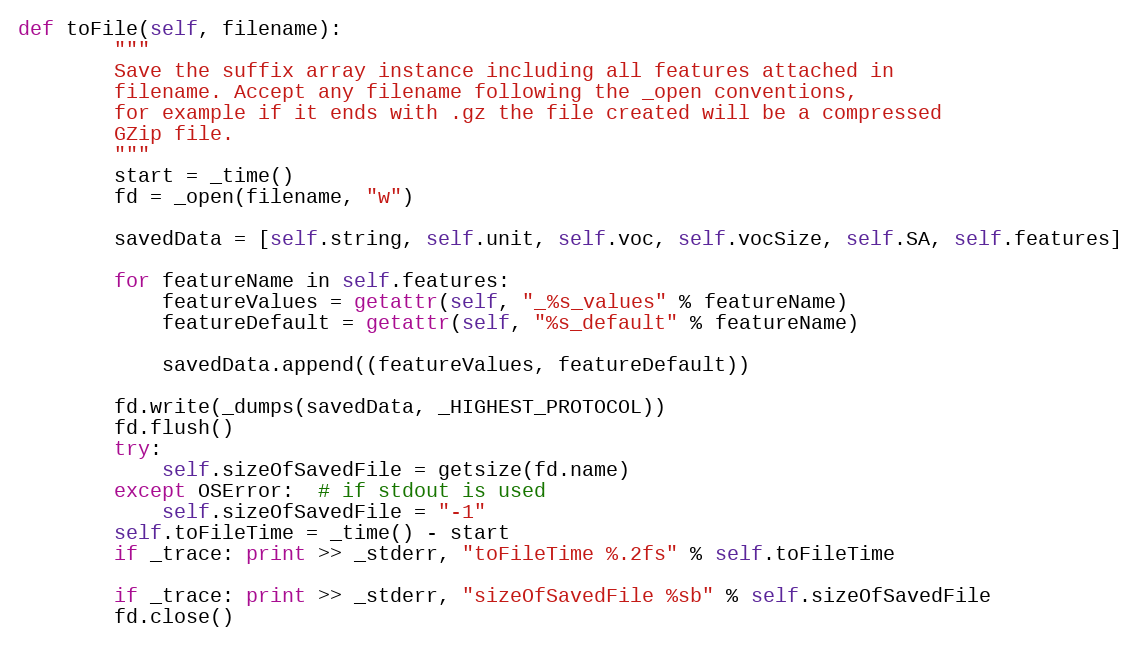
Language: Python
def toFile(self, filename):
        """
        Save the suffix array instance including all features attached in
        filename. Accept any filename following the _open conventions,
        for example if it ends with .gz the file created will be a compressed
        GZip file.
        """
        start = _time()
        fd = _open(filename, "w")

        savedData = [self.string, self.unit, self.voc, self.vocSize, self.SA, self.features]

        for featureName in self.features:
            featureValues = getattr(self, "_%s_values" % featureName)
            featureDefault = getattr(self, "%s_default" % featureName)

            savedData.append((featureValues, featureDefault))

        fd.write(_dumps(savedData, _HIGHEST_PROTOCOL))
        fd.flush()
        try:
            self.sizeOfSavedFile = getsize(fd.name)
        except OSError:  # if stdout is used
            self.sizeOfSavedFile = "-1"
        self.toFileTime = _time() - start
        if _trace: print >> _stderr, "toFileTime %.2fs" % self.toFileTime

        if _trace: print >> _stderr, "sizeOfSavedFile %sb" % self.sizeOfSavedFile
        fd.close()